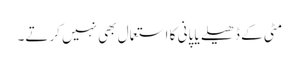
مٹی کے ڈھیلے یا پانی کا استعمال بھی نہیں کرتے۔